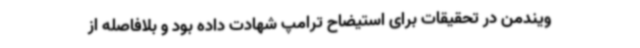
ویندمن در تحقیقات برای استیضاح ترامپ شهادت داده بود و بلافاصله از